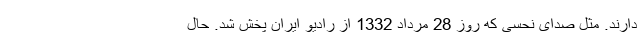
دارند. مثل صدای نحسی که روز 28 مرداد 1332 از رادیو ایران پخش شد. حال